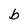
Character: b